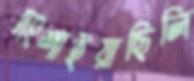
দংশাইয়াছিলি